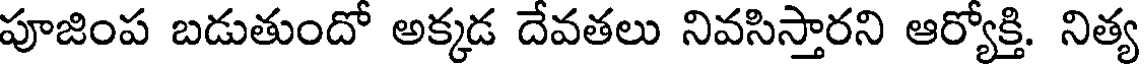
పూజింప బడుతుందో అక్కడ దేవతలు నివసిస్తారని ఆర్యోక్తి. నిత్య